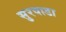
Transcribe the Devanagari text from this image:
सुरवाडा